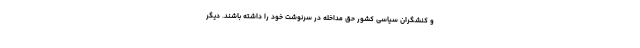
و کنشگران سیاسی کشور حق مداخله در سرنوشت خود را داشته باشند. دیگر